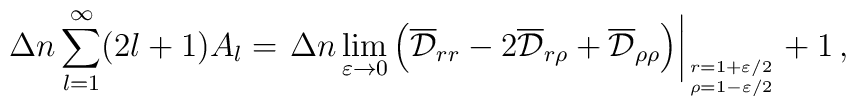
\Delta n\sum_{l=1}^\infty (2l+1)A_l=\left .\Delta n \lim_{\varepsilon \to 0}\left( \overline{\cal D}_{rr} -2\overline{\cal D}_{r\rho}+\overline{\cal D}_{\rho \rho}\right)\right |_{r=1+{\varepsilon}/{2}\atop \rho=1-{\varepsilon}/{2}} +1\,{,}